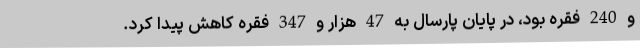
و 240 فقره بود، در پایان پارسال به 47 هزار و 347 فقره کاهش پیدا کرد.